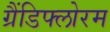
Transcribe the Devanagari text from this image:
ग्रैंडिफ्लोरम